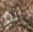
إنه